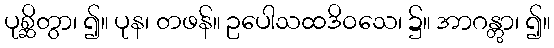
ပုစ္ဆိတွာ၊ ၍။ ပုန၊ တဖန်။ ဥပေါသထဒိဝသေ၊ ၌။ အာဂန္တွာ၊ ၍။